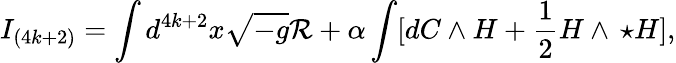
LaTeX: I_{(4k+2)}=\int d^{4k+2}x\sqrt{-g}{\cal R}+\alpha\int[dC\wedge H+{\frac{1}{2}}H\wedge\, \star H],